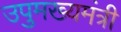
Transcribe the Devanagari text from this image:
उपुमख्यमंत्री